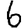
Digit: 6